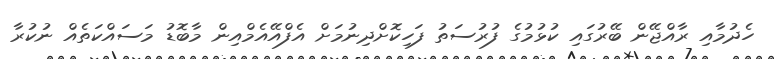
ހެދުމާއި ރާއްޖޭން ބޭރުގައި ކުޅުމުގެ ފުރުސަތު ފަހިކޮށްދިނުމަށް އެފްއޭއެމްއިން މާބޮޑު މަސައްކަތެއް ނުކުރާ